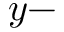
y -